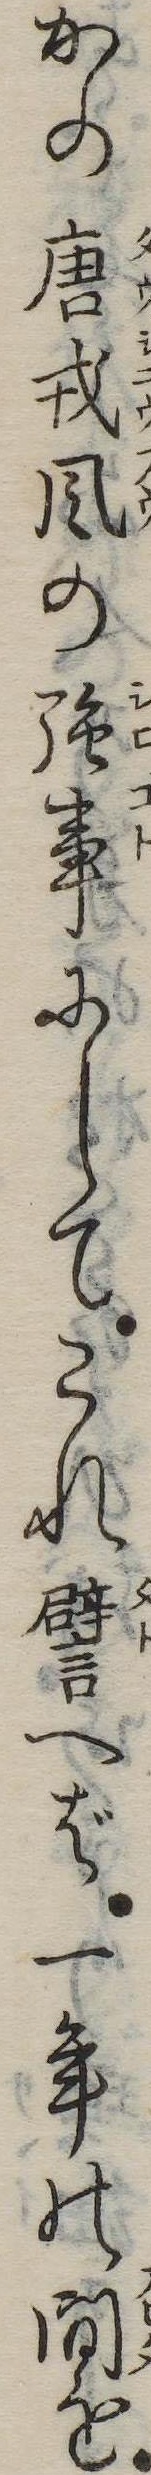
かの唐戎風の強事にしてこれ譬へば一年の問を